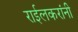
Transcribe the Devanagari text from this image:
राईलकरांनी